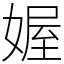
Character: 媉